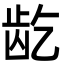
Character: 龁